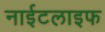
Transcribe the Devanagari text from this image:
नाईटलाइफ